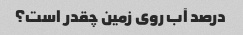
درصد آب روی زمین چقدر است؟